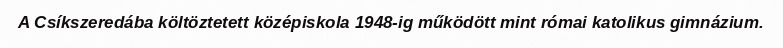
A Csíkszeredába költöztetett középiskola 1948-ig működött mint római katolikus gimnázium.